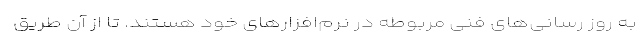
به روز رسانی‌های فنی مربوطه در نرم‌افزارهای خود هستند. تا از آن طریق